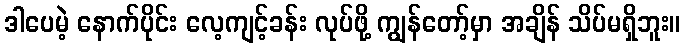
ဒါပေမဲ့ နောက်ပိုင်း လေ့ကျင့်ခန်း လုပ်ဖို့ ကျွန်တော့်မှာ အချိန် သိပ်မရှိဘူး။